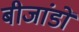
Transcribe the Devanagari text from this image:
बीजांडों